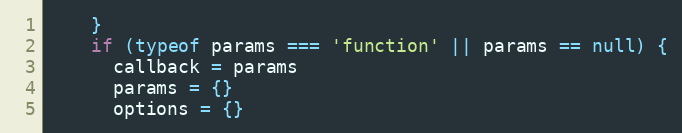
Language: JavaScript
    }
    if (typeof params === 'function' || params == null) {
      callback = params
      params = {}
      options = {}